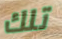
تلك